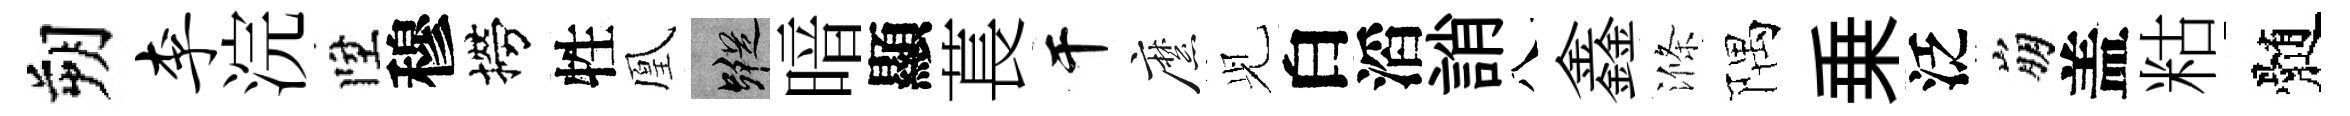
朔李浣陞穆撈牲凰蹤暗顯萇干縻𫤗白滔誚八鑫滌隅乗泛崩盖䊀髄